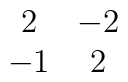
\begin{array}{cc}    2 & -2 \\                                -1 & 2 \end{array}